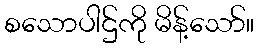
စသောပါဌ်ကို မိန့်သော်။